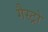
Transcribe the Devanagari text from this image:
गैस्‍ट्रो